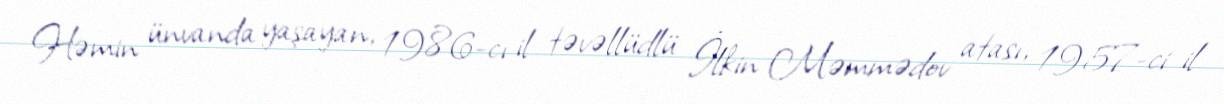
Həmin ünvanda yaşayan, 1986-cı il təvəllüdlü İlkin Məmmədov atası, 1957-ci il